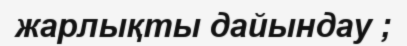
жарлықты дайындау ;